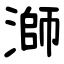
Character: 溮